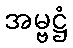
အမ္ဗဋ္ဌံ